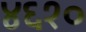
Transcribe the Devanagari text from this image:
४६१०